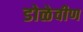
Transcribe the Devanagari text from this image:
डोळेवीण